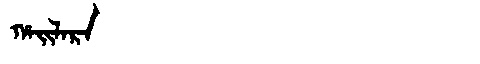
Manchu: ᡥᠠᡳᠯᠠᡵᠠ
Romanization: HAILARA